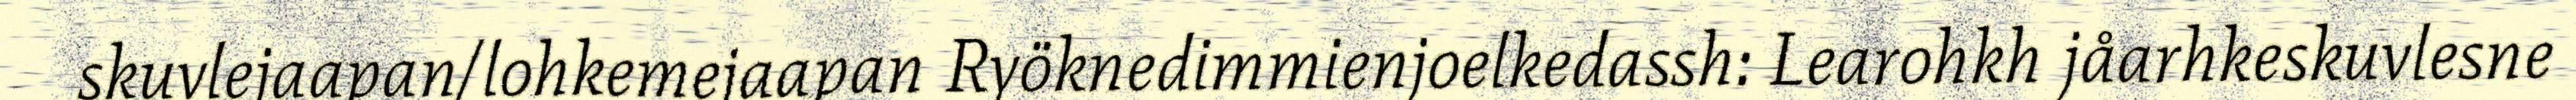
skuvlejaapan/lohkemejaapan Ryöknedimmienjoelkedassh: Learohkh jåarhkeskuvlesne